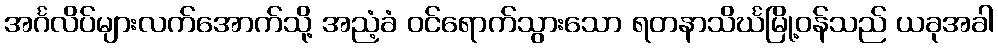
အင်္ဂလိပ်များလက်အောက်သို့ အညံ့ခံ ဝင်ရောက်သွားသော ရတနာသိင်္ဃမြို့ဝန်သည် ယခုအခါ